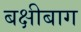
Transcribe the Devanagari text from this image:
बक्षीबाग